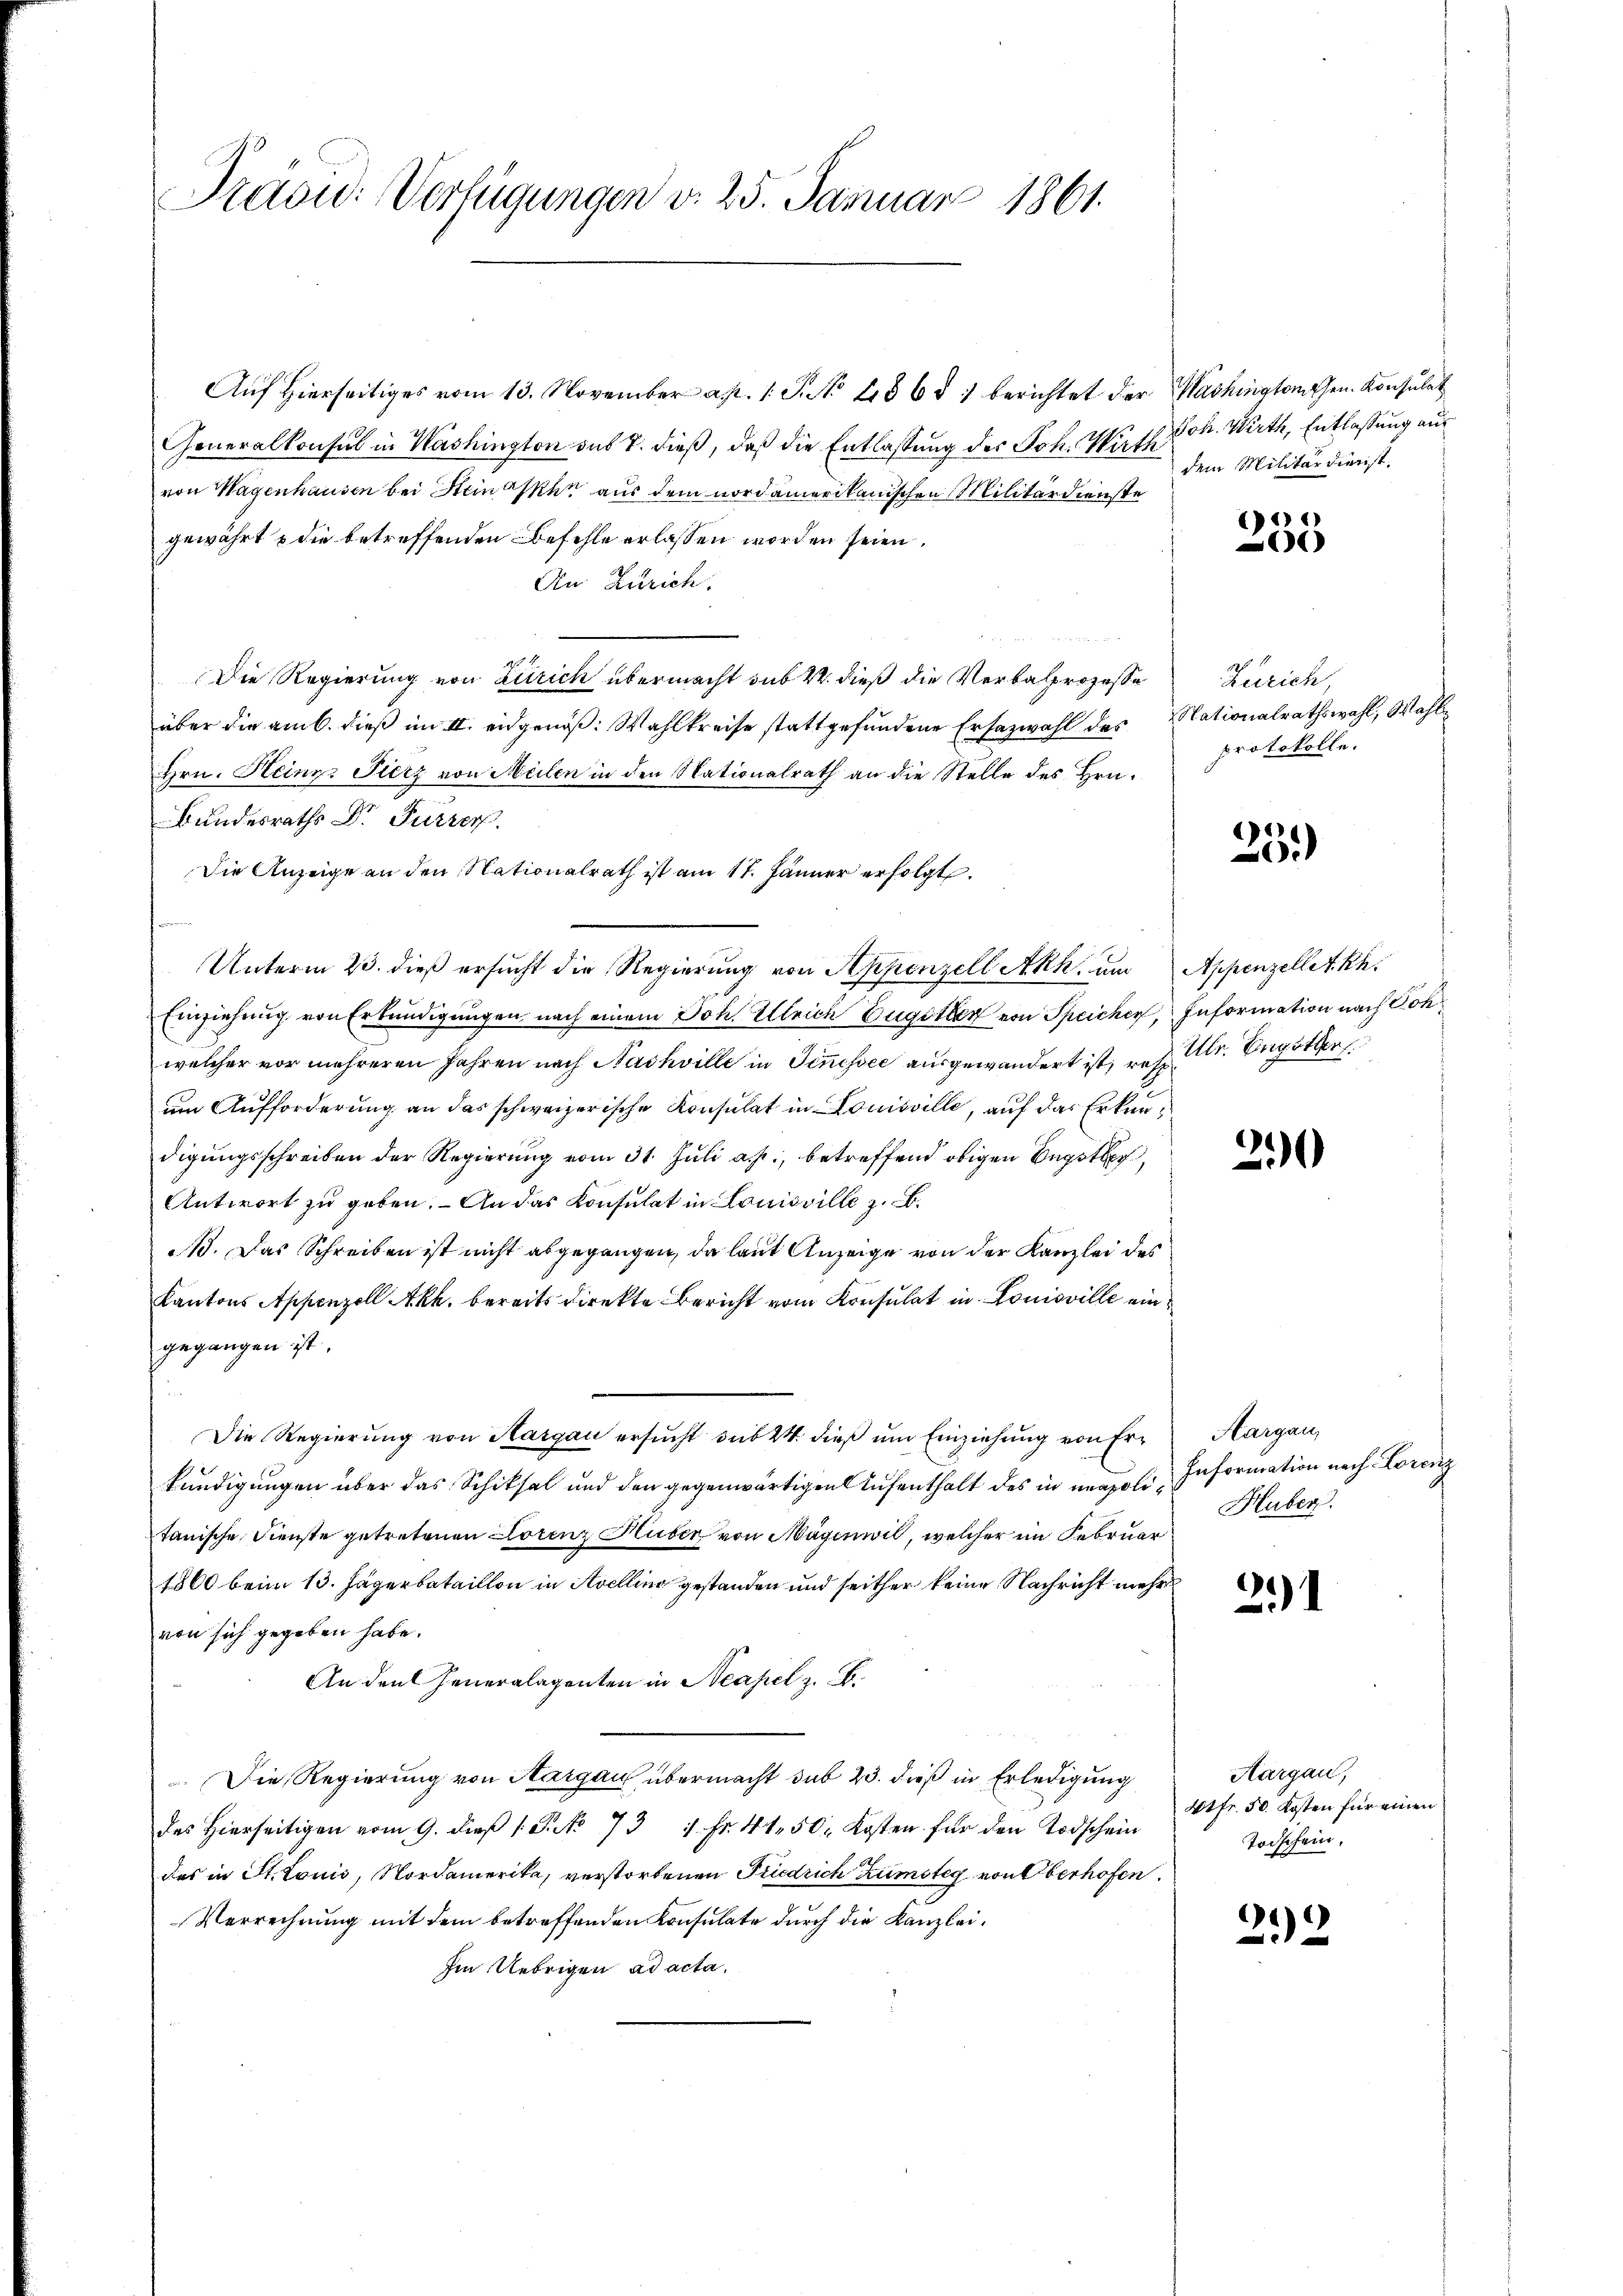
Traon: Verfügungen v. 25. Januar 1861.

Auf hierseitiges vom 13. November a. p. 1. P. No. 4565) berichtet der
Generalkonsul in Washington sub 7. dieß, daß die Entlassung des Joh. Würth Joh. Wirth, Entlaßung aus
von Wagenhausen bei Steinahe aus dem nordamerikanischen Militärdienste
gewährt, die betreffenden Befehle erlassen worden seien.
An Zürich.
Die Regierung von Zürich übermacht sub 22. dieß die Verbalprozesse Zürich,
über die am b. dieß im II. eingenoß. Wahlkreise stattgefundene Ersazwahl des
Hrn. Heinz Fierz von Meilen in den Nationalrath an die Stelle des Hrn.
Bundesraths Dr. Furrers
Die Anzeige an den Nationalrath ist am 17. Jänner erfolgt.
Unterm 23. dieß ersucht die Regierung von Appenzell Akk, um
Einziehung von Erkundigungen nach einem Joh. Ulrich Eugsten von Speicher, Information nach Sonwelcher vor mehreren Jahren nach Nachville in Sinnessee ausgewandert ist, rez. Mr. Engotter
um Aufforderung an das schweizerische Konsulat in Louisville, auf das Erkendigungsschreiben der Regierung vom 31. Juli a. p., betreffend obigen Begotter
Antwort zu geben. An das Konsulat in Louisville z. B.
Ad. Das Schreiben ist nicht abgegangen, da laut Anzeige von der Kanzlei des
Kantons Appenzell Akh. bereits direkte Bericht vom Konsulat in Louisville eingegangen ist.
Die Regierung von Aargau ersucht sub 24 dieß um Einziehung von Erkundigungen über das Schiksal und den gegenwärtigen Aufenthalt des in neapolitanische Dienste getretenen Lorenz Huber von Maginwil, welcher im Februar
1860 beim 13. Jägerbataillon in Avelling gestanden und seither keine Nachricht mehr
von sich gegeben habe.
An den Generalagenten in Neapel z. B.
.Die Regierung von Aargau übermacht sub 23. dieß in Erledigung
des hierseitigen vom 9. dieβ 1 S. 73 1 Fr. 4150. Kosten für den Todschein
das in St. Louis, Nordamerika, verstorbenen Friedrich Zumsteg von Oberhofen.
Verrechnung mit dem betreffenden Konsulate durch die Kanzlei¬
Im Uebrigen ad acta.

Washingtomesen. Konsulat
dem Militärdienst.

1
1

Nationalrathswahl, Wahl
protokolle.

25.)

Appenzellet kh.

2

Aargau,
Information nach Lorenz
Huber.

2

Aargau,
4tfr. 50. Kosten für einen
Vorschein,

22